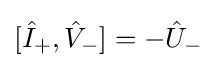
[{\hat {I}}_{+},{\hat {V}}_{-}]=-{\hat {U}}_{-}